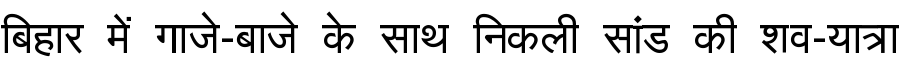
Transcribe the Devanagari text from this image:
बिहार में गाजे-बाजे के साथ निकली सांड की शव-यात्रा